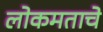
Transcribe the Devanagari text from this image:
लोकमताचे